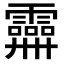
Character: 𩆕